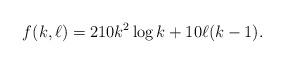
LaTeX: \begin{align*}f(k,\ell) = 210k^2\log k + 10\ell (k-1).\end{align*}